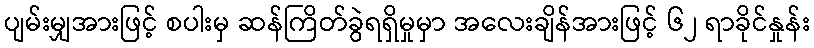
ပျမ်းမျှအားဖြင့် စပါးမှ ဆန်ကြိတ်ခွဲရရှိမှုမှာ အလေးချိန်အားဖြင့် ၆၂ ရာခိုင်နှုန်း